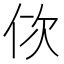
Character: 佽